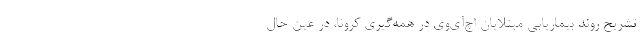
تشریح روند بیماریابی مبتلایان اچ‌آی‌وی در همه‌گیری کرونا، در عین حال